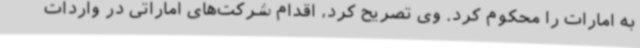
به امارات را محکوم کرد. وی تصریح کرد، اقدام شرکت‌های اماراتی در واردات